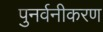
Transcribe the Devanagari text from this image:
पुनर्वनीकरण